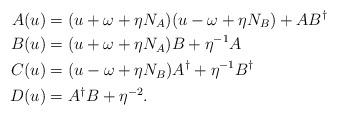
LaTeX: \begin{align*}A(u) &= (u+\omega+\eta N_{A})(u-\omega+\eta N_{B})+A B^\dagger\\B(u) &= (u+\omega+\eta N_{A})B+\eta^{-1} A\\C(u) &= (u-\omega+\eta N_{B})A^\dagger+\eta^{-1} B^\dagger\\D(u) &= A^\dagger B+\eta^{-2}.\end{align*}